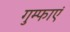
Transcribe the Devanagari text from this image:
गुम्फाएं